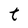
Character: t